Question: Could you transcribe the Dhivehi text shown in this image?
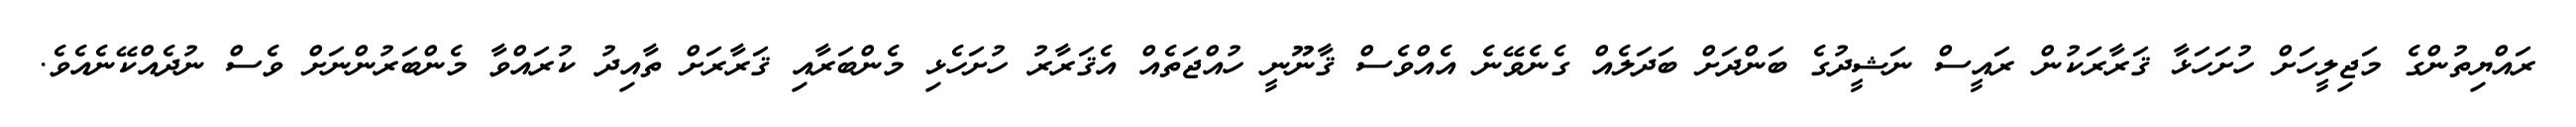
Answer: ރައްޔިތުންގެ މަޖިލީހަށް ހުށަހަޅާ ޤަރާރަކުން ރައީސް ނަޝީދުގެ ބަންދަށް ބަދަލެއް ގެނެވޭނެ އެއްވެސް ޤާނޫނީ ހުއްޖަތެއް އެޤަރާރު ހުށަހެޅި މެންބަރާއި ޤަރާރަށް ތާއިދު ކުރައްވާ މެންބަރުންނަށް ވެސް ނުދެއްކޭނެއެވެ.